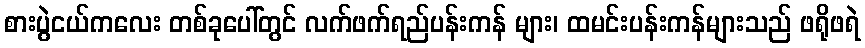
စားပွဲငယ်ကလေး တစ်ခုပေါ်တွင် လက်ဖက်ရည်ပန်းကန် များ၊ ထမင်းပန်းကန်များသည် ဖရိုဖရဲ